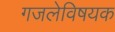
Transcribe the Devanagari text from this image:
गजलेविषयक